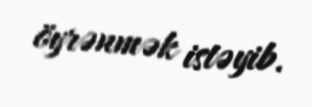
öyrənmək istəyib.